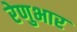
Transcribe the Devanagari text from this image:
रेणुभार